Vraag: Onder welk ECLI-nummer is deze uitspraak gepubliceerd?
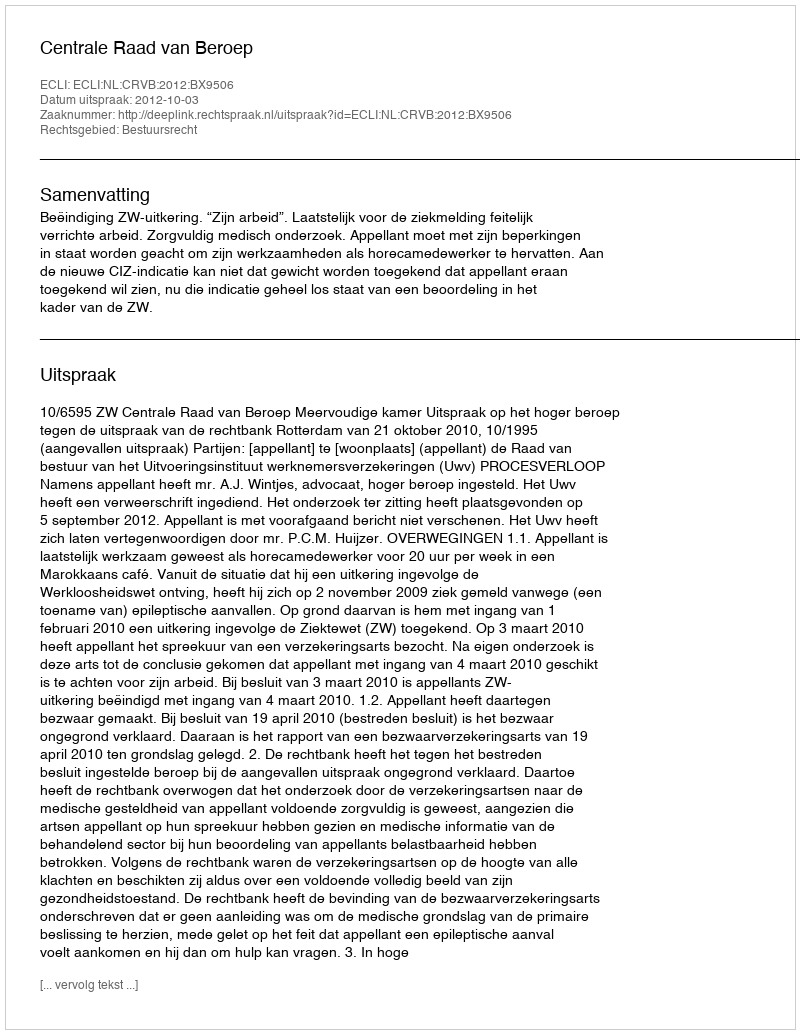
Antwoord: ECLI:NL:CRVB:2012:BX9506